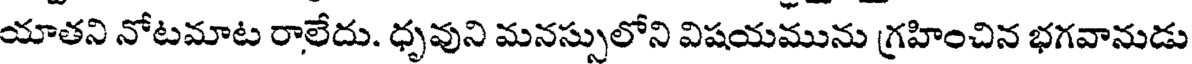
యాతని నోటమాట రాలేదు. ధృవుని మనస్సులోని విషయమును గ్రహించిన భగవానుడు